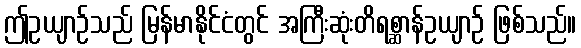
ဤဥယျာဉ်သည် မြန်မာနိုင်ငံတွင် အကြီးဆုံးတိရစ္ဆာန်ဥယျာဉ် ဖြစ်သည်။